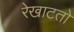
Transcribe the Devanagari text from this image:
रेखाटतो